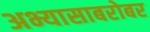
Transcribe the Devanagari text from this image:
अभ्यासाबरोबर